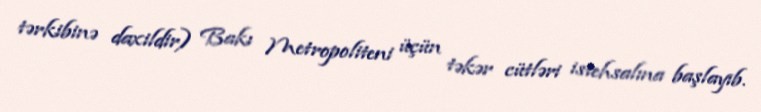
tərkibinə daxildir) Bakı Metropoliteni üçün təkər cütləri istehsalına başlayıb.